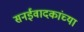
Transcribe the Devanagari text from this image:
सनईवादकांच्या